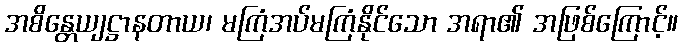
အစိန္တေယျဋ္ဌာနတာယ၊ မကြံအပ်မကြံနိုင်သော အရာ၏ အဖြစ်ကြောင့်။